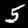
Digit: 5